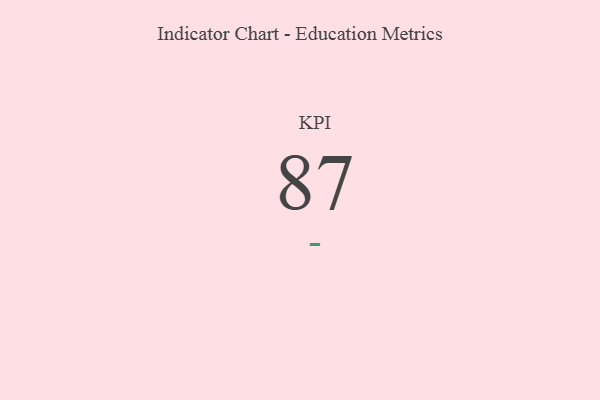
{"axis": {"x": "KPI", "y": "Value"}, "legend": [""], "data": [{"x": "KPI", "y": 87, "type": ""}]}